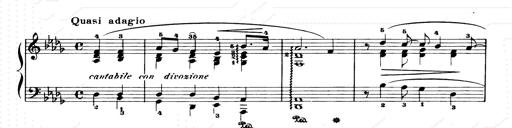
Title: Consolations and LiebestrÃ¤ume for the Piano
Composer: Franz Liszt